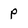
Character: P